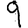
Digit: 9